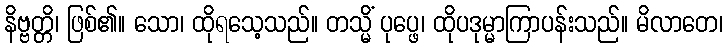
နိဗ္ဗတ္တိ၊ ဖြစ်၏။ သော၊ ထိုရသေ့သည်။ တသ္မိံ ပုပ္ဖေ၊ ထိုပဒုမ္မာကြာပန်းသည်။ မိလာတေ၊